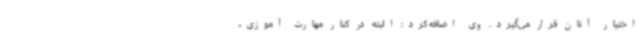
اختیار آنان قرار می‌گیرد. وی اضافه کرد: البته در کنار مهارت آموزی،